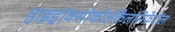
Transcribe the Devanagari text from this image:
हाइड्रॉक्सीकोलेकैलसिफ़ेरॉल